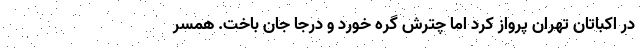
در اکباتان تهران پرواز کرد اما چترش گره خورد و درجا جان باخت. همسر